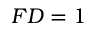
F D = 1